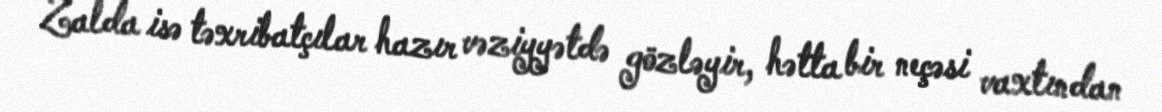
Zalda isə təxribatçılar hazır vəziyyətdə gözləyir, hətta bir neçəsi vaxtından